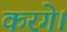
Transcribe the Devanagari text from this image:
करगे।